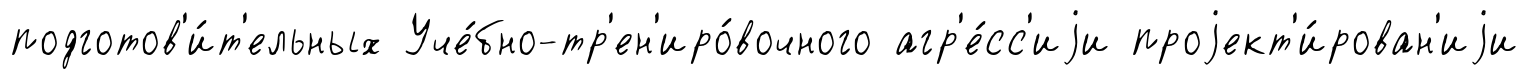
подготов'и́т'ельных Уче́бно-тр'ен'иро́вочного агр'е́сс'иjи проjект'и́рован'иjи